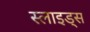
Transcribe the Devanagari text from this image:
स्‍लाइड्स